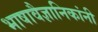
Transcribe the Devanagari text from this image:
भाषावैज्ञानिकांनी